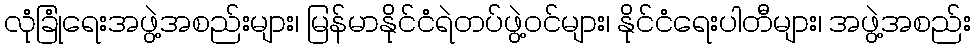
လုံခြုံရေးအဖွဲ့အစည်းများ၊ မြန်မာနိုင်ငံရဲတပ်ဖွဲ့ဝင်များ၊ နိုင်ငံရေးပါတီများ၊ အဖွဲ့အစည်း